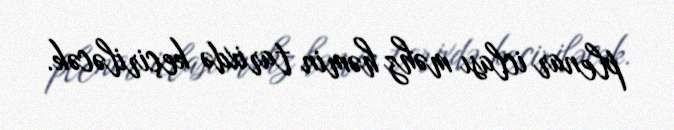
plenar iclası məhz həmin tarixdə keçiriləcək.